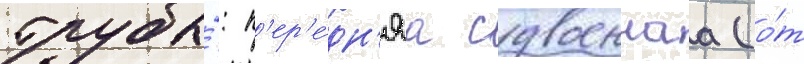
трубы́: п'ер'е́дн'яа сдвоеннаа (о́т